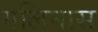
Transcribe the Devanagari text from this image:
गलिनास